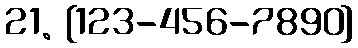
21. [123-456-7890]